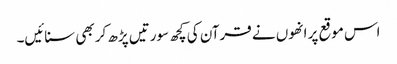
اس موقع پر انھوں نے قرآن کی کچھ سورتیں پڑھ کر بھی سنائیں۔